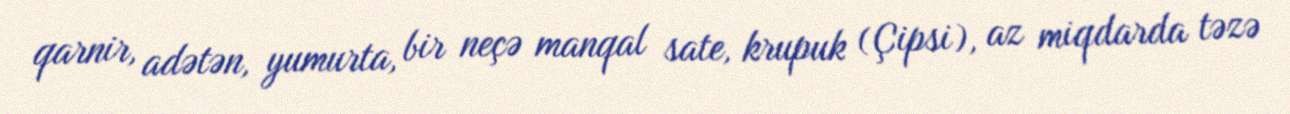
qarnir, adətən, yumurta, bir neçə manqal sate, krupuk (Çipsi), az miqdarda təzə